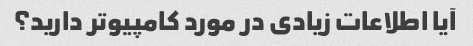
آیا اطلاعات زیادی در مورد کامپیوتر دارید؟